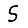
Digit: 5